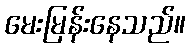
မေးမြန်းနေသည်။